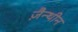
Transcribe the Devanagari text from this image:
ज़ैन्थीन